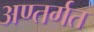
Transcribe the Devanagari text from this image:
अण्तर्गत